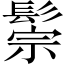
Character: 鬃